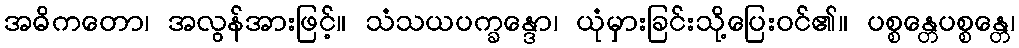
အဓိကတော၊ အလွန်အားဖြင့်။ သံသယပက္ခန္ဒော၊ ယုံမှားခြင်းသို့ပြေးဝင်၏။ ပစ္စန္တေပစ္စန္တေ၊